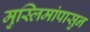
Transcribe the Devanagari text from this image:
मुस्लिमांपासुन